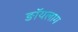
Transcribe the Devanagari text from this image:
ङॉयलाग